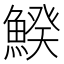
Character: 𩹍